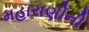
મહારાણીની